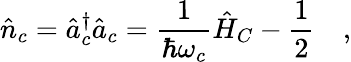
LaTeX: \hat{n}_{c}=\hat{a}_{c}^{\dagger}\hat{a}_{c}=\frac{1}{\hbar\omega_{c}}\hat{H}_{C}-\frac{1}{2}\quad,